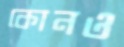
কোনও